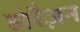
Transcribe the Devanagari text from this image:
होरैज़न